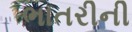
ભાતરીની